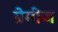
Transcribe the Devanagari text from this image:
ग्रेमीज